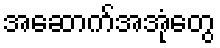
အဆောက်အအုံတွေ